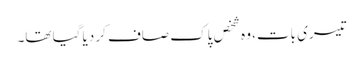
تیسری بات، وہ شخص پاک صاف کر دیا گیا تھا۔